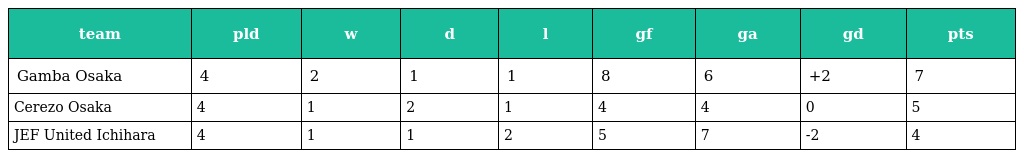
| team | pld | w | d | l | gf | ga | gd | pts |
 | --- | --- | --- | --- | --- | --- | --- | --- | --- |
 | Gamba Osaka | 4 | 2 | 1 | 1 | 8 | 6 | +2 | 7 |
 | Cerezo Osaka | 4 | 1 | 2 | 1 | 4 | 4 | 0 | 5 |
 | JEF United Ichihara | 4 | 1 | 1 | 2 | 5 | 7 | -2 | 4 |